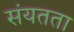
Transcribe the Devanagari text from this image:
संयतता